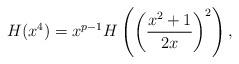
LaTeX: \begin{align*} H(x^4)=x^{p-1}H\left(\left(\frac{x^2+1}{2x}\right)^2\right),\end{align*}